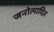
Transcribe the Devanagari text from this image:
जनोत्पादित